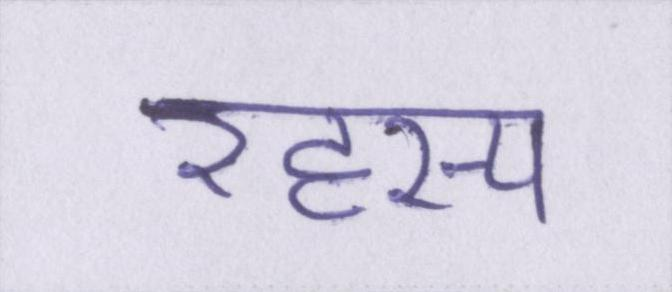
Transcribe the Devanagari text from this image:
रहस्य